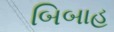
બિબાહ